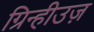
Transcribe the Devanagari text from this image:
ग्रिन्हीउज़